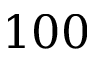
1 0 0